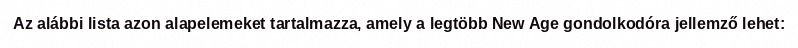
Az alábbi lista azon alapelemeket tartalmazza, amely a legtöbb New Age gondolkodóra jellemző lehet: